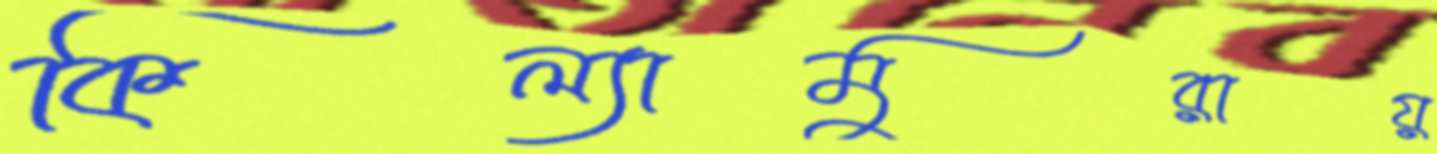
কিল্যামুরায়